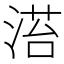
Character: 𣹓